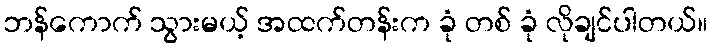
ဘန်ကောက် သွားမယ့် အထက်တန်းက ခုံ တစ် ခုံ လိုချင်ပါတယ်။